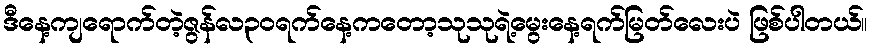
ဒီနေ့ကျရောက်တဲ့ဇွန်လ၃၀ရက်နေ့ကတော့သုသုရဲ့မွေးနေ့ရက်မြတ်လေးပဲ ဖြစ်ပါတယ်။